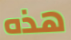
هذه